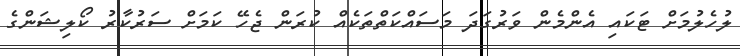
ލުހެލުމަށް ޓަކައި އެންމެން ވަރުގަދަ މަސައްކަތްތަކެއް ކުރަން ޖެހޭ ކަމަށް ސަރުކާރު ކޯލިޝަންގެ